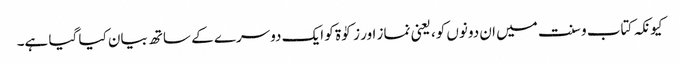
کیونکہ کتاب و سنت میں ان دونوں کو، یعنی نماز اور زکوٰۃ کو ایک دوسرے کے ساتھ بیان کیا گیا ہے۔